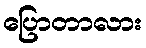
ပြောတာလား